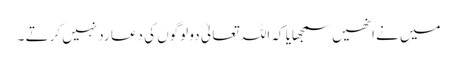
میں نے انھیں سمجھایا کہ اللہ تعالیٰ دو لوگوں کی دعا رد نہیں کرتے ۔